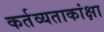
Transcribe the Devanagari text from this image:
कर्तव्यताकांक्षा